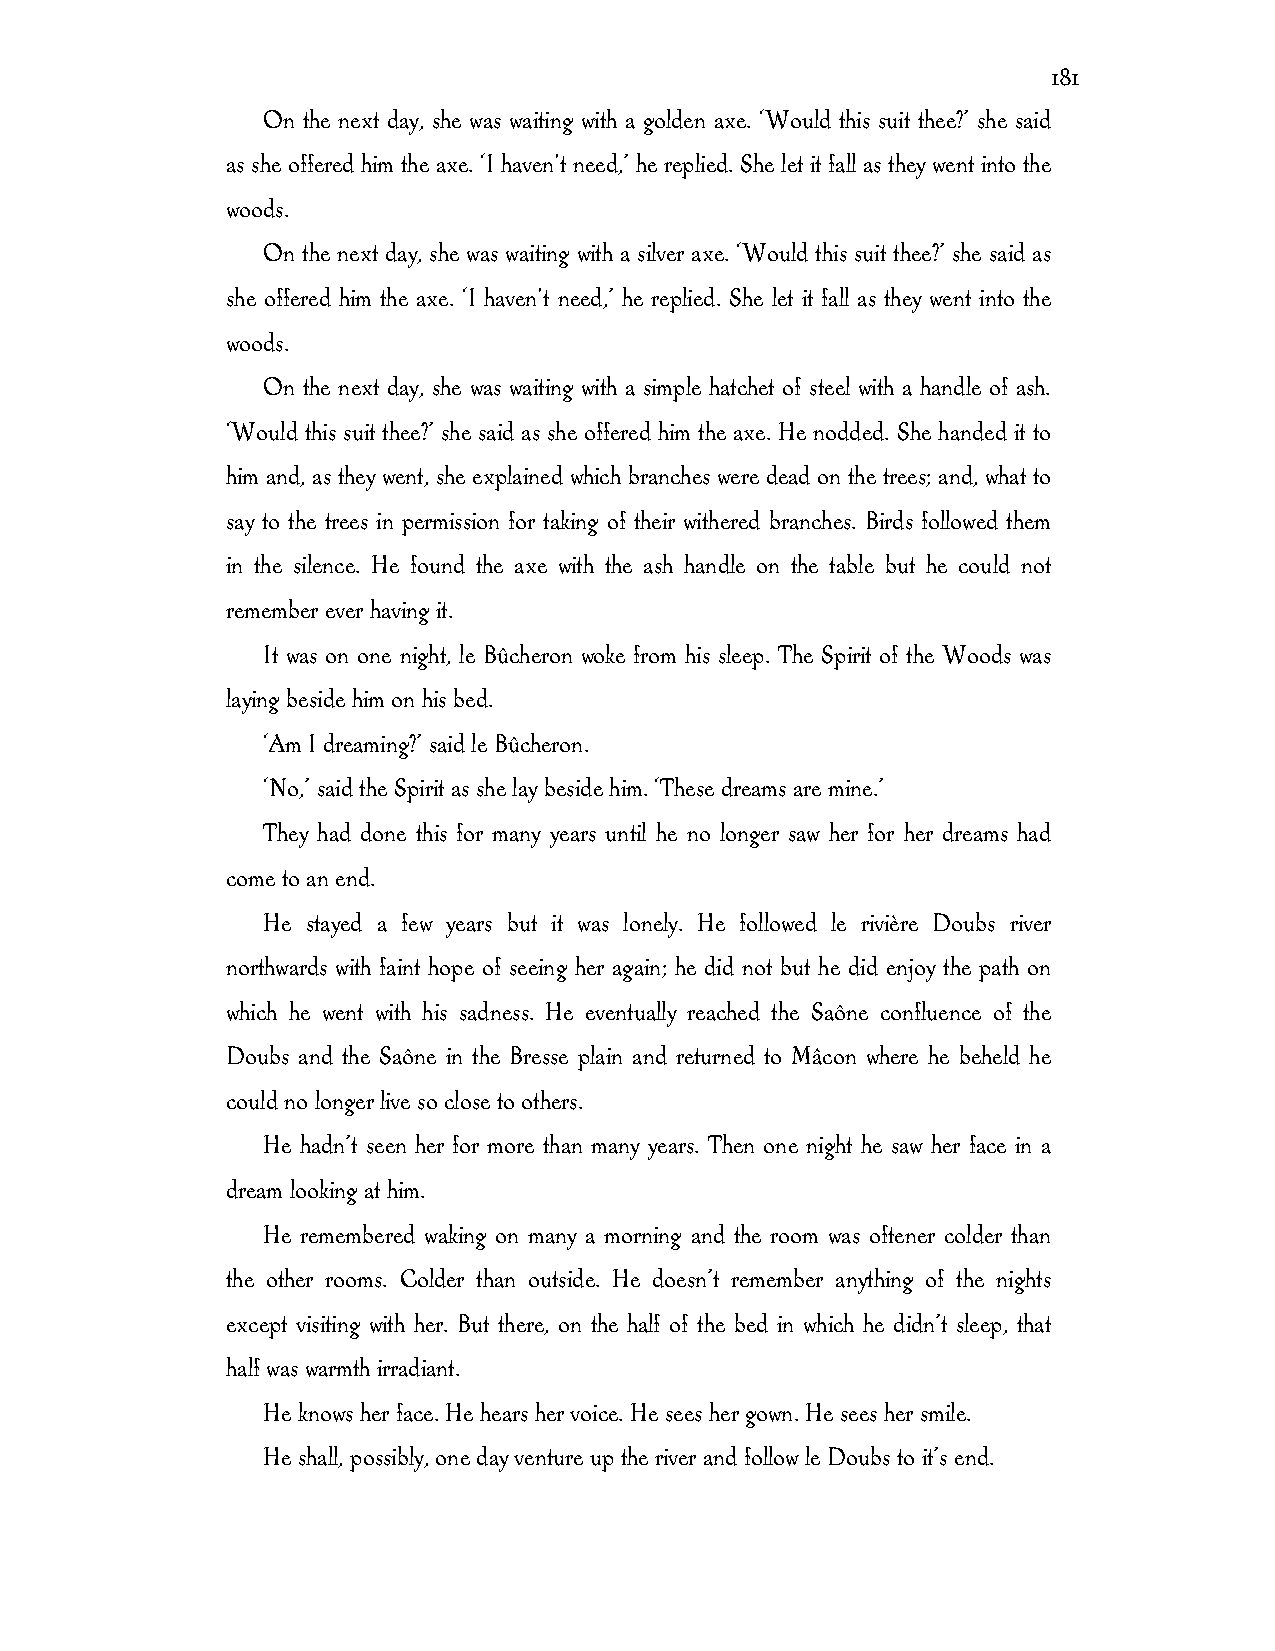
181
 On the next day, she was waiting with a golden axe. ‘Would this suit thee?’ she said
 as she offered him the axe. ‘I haven't need,’ he replied. She let it fall as they went into the
 woods.
 On the next day, she was waiting with a silver axe. ‘Would this suit thee?’ she said as
 she offered him the axe. ‘I haven't need,’ he replied. She let it fall as they went into the
 woods.
 On the next day, she was waiting with a simple hatchet of steel with a handle of ash.
 ‘Would this suit thee?’ she said as she offered him the axe. He nodded. She handed it to
 him and, as they went, she explained which branches were dead on the trees; and, what to
 say to the trees in permission for taking of their withered branches. Birds followed them
 in the silence. He found the axe with the ash handle on the table but he could not
 remember ever having it.
 It was on one night, le Bûcheron woke from his sleep. The Spirit of the Woods was
 laying beside him on his bed.
 ‘Am I dreaming?’ said le Bûcheron.
 ‘No,’ said the Spirit as she lay beside him. ‘These dreams are mine.’
 They had done this for many years until he no longer saw her for her dreams had
 come to an end.
 He stayed a few years but it was lonely. He followed le rivière Doubs river
 northwards with faint hope of seeing her again; he did not but he did enjoy the path on
 which he went with his sadness. He eventually reached the Saône confluence of the
 Doubs and the Saône in the Bresse plain and returned to Mâcon where he beheld he
 could no longer live so close to others.
 He hadn’t seen her for more than many years. Then one night he saw her face in a
 dream looking at him.
 He remembered waking on many a morning and the room was oftener colder than
 the other rooms. Colder than outside. He doesn’t remember anything of the nights
 except visiting with her. But there, on the half of the bed in which he didn’t sleep, that
 half was warmth irradiant.
 He knows her face. He hears her voice. He sees her gown. He sees her smile.
 He shall, possibly, one day venture up the river and follow le Doubs to it’s end.